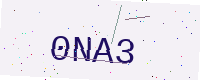
Text: 0NA3